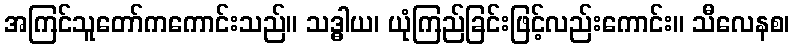
အကြင်သူတော်ကကောင်းသည်။ သဒ္ဓါယ၊ ယုံကြည်ခြင်းဖြင့်လည်းကောင်း။ သီလေနစ၊